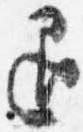
退